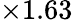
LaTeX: \times 1.63